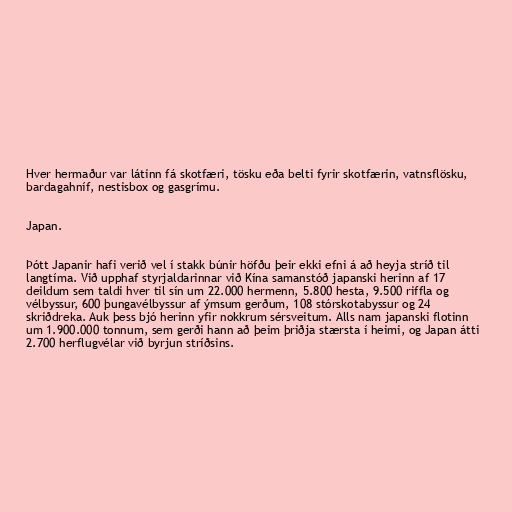
Hver hermaður var látinn fá skotfæri, tösku eða belti fyrir skotfærin, vatnsflösku,
bardagahníf, nestisbox og gasgrímu.

Japan.

Þótt Japanir hafi verið vel í stakk búnir höfðu þeir ekki efni á að heyja stríð til
langtíma. Við upphaf styrjaldarinnar við Kína samanstóð japanski herinn af 17
deildum sem taldi hver til sín um 22.000 hermenn, 5.800 hesta, 9.500 riffla og
vélbyssur, 600 þungavélbyssur af ýmsum gerðum, 108 stórskotabyssur og 24
skriðdreka. Auk þess bjó herinn yfir nokkrum sérsveitum. Alls nam japanski flotinn
um 1.900.000 tonnum, sem gerði hann að þeim þriðja stærsta í heimi, og Japan átti
2.700 herflugvélar við byrjun stríðsins.